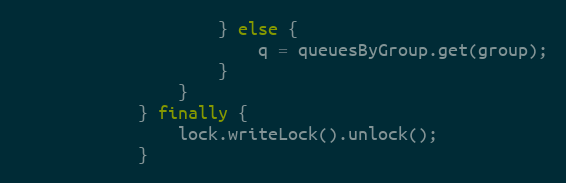
Language: Java
                    } else {
                        q = queuesByGroup.get(group);
                    }
                }
            } finally {
                lock.writeLock().unlock();
            }